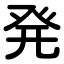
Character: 発